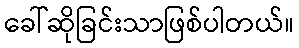
ခေါ်ဆိုခြင်းသာဖြစ်ပါတယ်။